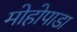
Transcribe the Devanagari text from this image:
मोहोपाडा